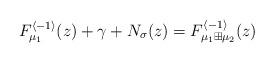
LaTeX: \begin{align*}F_{\mu_{1}}^{\langle-1\rangle}(z)+\gamma+N_{\sigma}(z)=F_{\mu_{1}\boxplus\mu_{2}}^{\langle-1\rangle}(z)\end{align*}